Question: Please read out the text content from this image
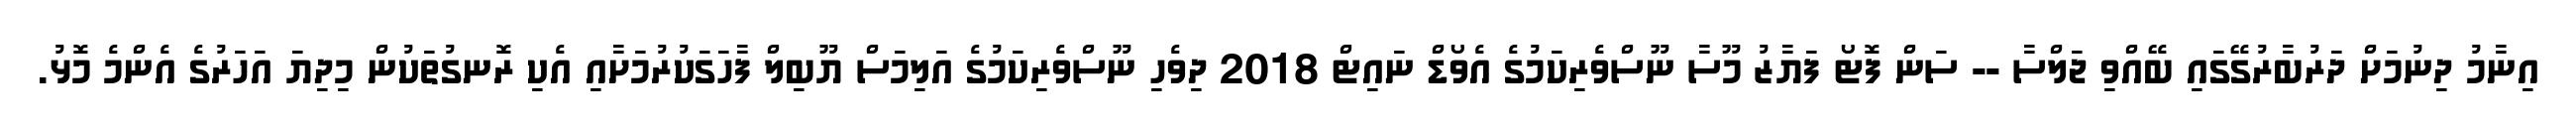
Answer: އިނާމު ދިނުމަށް ދަރުބާރުގޭގައި ބޭއްވި ޖަލްސާ -- ސަން ފޮޓޯ ފަޔާޒު މޫސާ ނޫސްވެރިކަމުގެ އެވޯޑް ނައިޓް 2018 ދިވެހި ނޫސްވެރިކަމުގެ އަލިމަސް ޔޫބިލް ފާހަގަކުރުމަށާއި އެކި ރޮނގުތަކުން މިދިޔަ އަހަރުގެ އެންމެ މޮޅު.